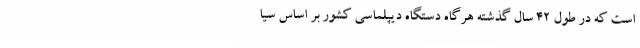
است که در طول ۴۲ سال گذشته هرگاه دستگاه دیپلماسی کشور بر اساس سیا